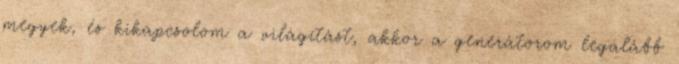
megyek, és kikapcsolom a világítást, akkor a generátorom legalább